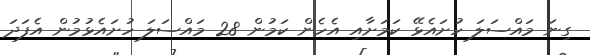
ގިނަ މައްސަލަ ހުށައެޅޭ ކަމަށާއި އެހެން ކަމުން 28 މައްސަލަ ހުށައެޅުމުން އެފަދަ